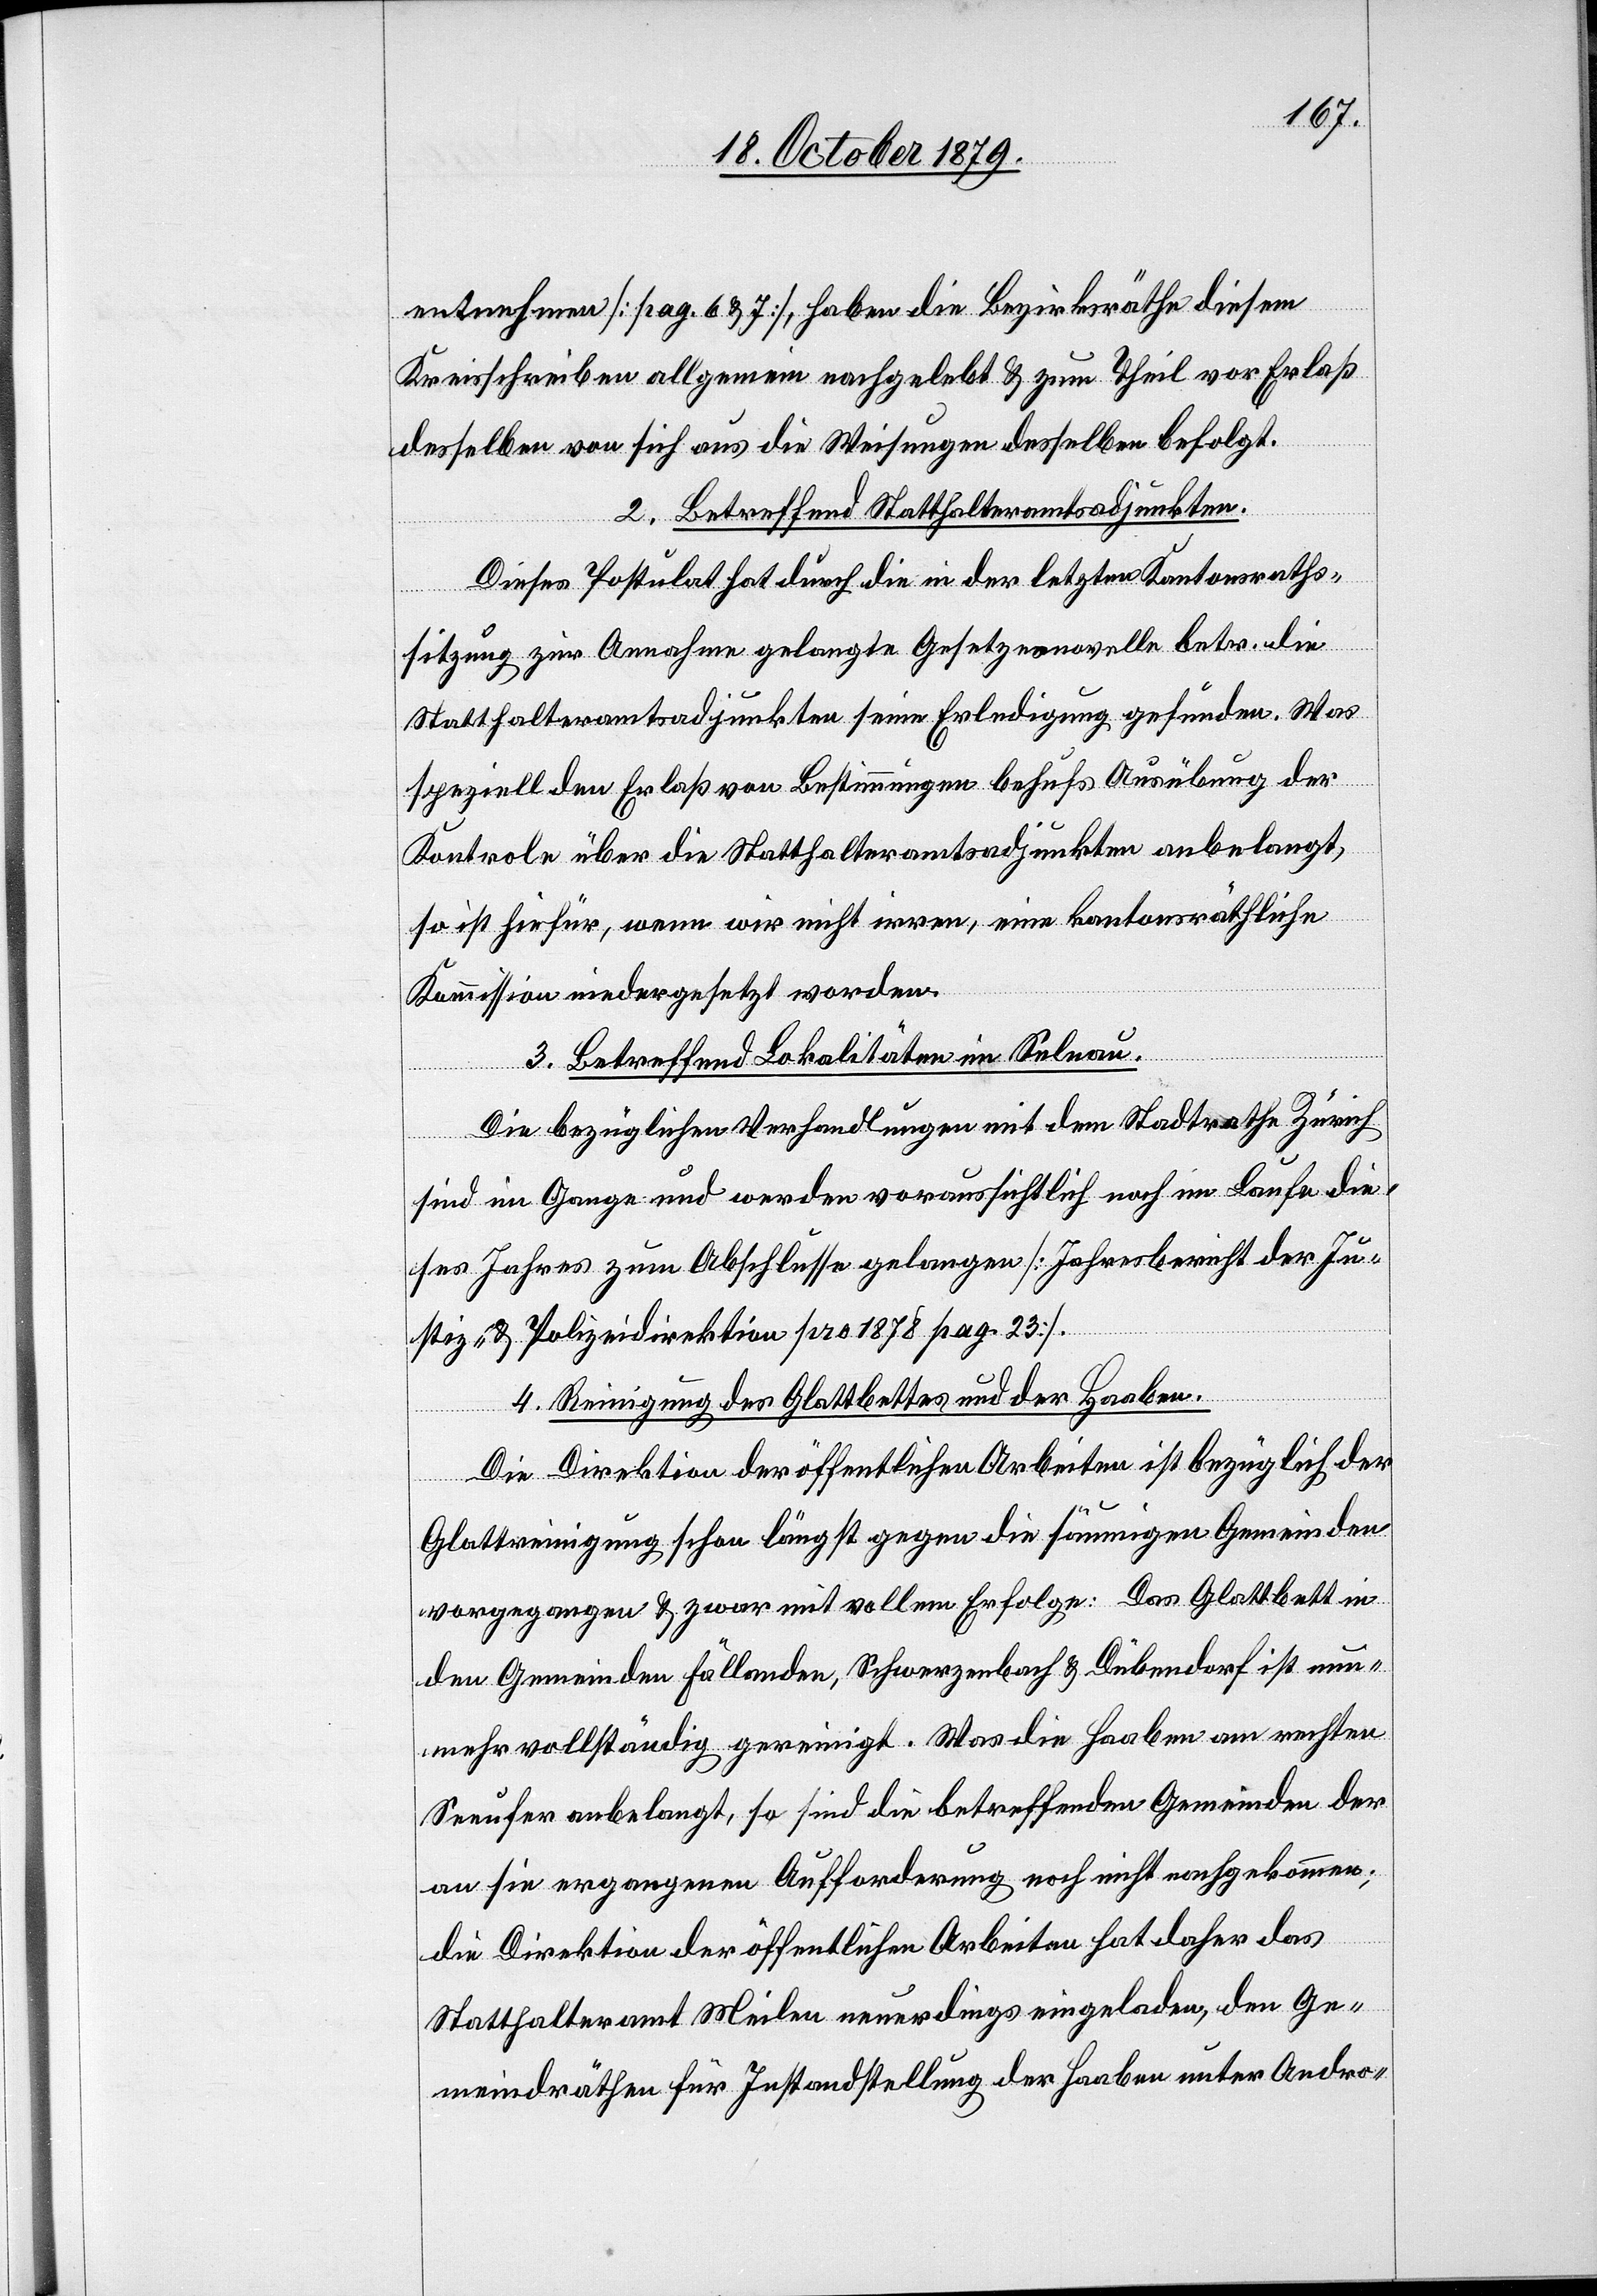
entnehmen [pag. 6 & 7], haben die Bezirksräthe diesem
Kreisschreiben allgemein nachgelebt & zum Theil vor Erlaß
desselben von sich aus die Weisungen desselben befolgt.
2. Betreffend Statthalteramtsadjunkten.
Dieses Postulat hat durch die in der letzen Kantonsraths¬
sitzung zur Annahme gelangte Gesetzesnovelle betr. die
Statthalteramtsadjunkten seine Erledigung gefunden. Was
speziell den Erlaß von Bestimmungen behufs Ausübung der
Kontrole über die Statthalteramtsadjunkten anbelangt,
so ist hiefür, wenn wir nicht irren, eine kantonsräthliche
Kommission niedergesetzt worden.
3. Betreffend Lokalitäten im Selnau.
Die bezüglichen Verhandlungen mit dem Stadtrath Zürich
sind im Gange und werden voraussichtlich noch im Laufe die¬
ses Jahres zum Abschlusse gelangen [Jahresbericht der Ju¬
stiz- & Polizeidirektion pro 1878 pag. 23].
4. Reinigung des Glattbettes und der Haaben.
Die Direktion der öffentlichen Arbeiten ist bezüglich der
Glattreinigung schon längst gegen die säumigen Gemeinden
vorgegangen & zwar mit vollem Erfolge: Das Glattbett in
den Gemeinden Fällanden, Schwarzenbach & Dübendorf ist nun
mehr vollständig gereinigt. Was die Haaben am rechten
Seeufer anbelangt, so sind die betreffenden Gemeinden der
an sie ergangenen Aufforderung noch nicht nachgekommen;
die Direktion der öffentlichen Arbeiten hat daher das
Statthalteramt Meilen neuerdings eingeladen, den Ge¬
meindräthen für Instandhaltung der Haaben unter Andro-